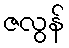
ဇလွန်